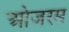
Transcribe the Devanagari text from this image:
ओजरस